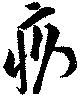
疚